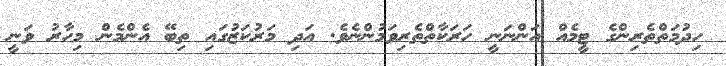
ހިދުމަތްތެރިންގެ ޓީމެއް އަންނަނީ ހަރަކާތްތެރިވަމުންނެވެ. އަދި މަރުކަޒުގައި ތިބޭ އެންމެން މިހާރު ވަނީ